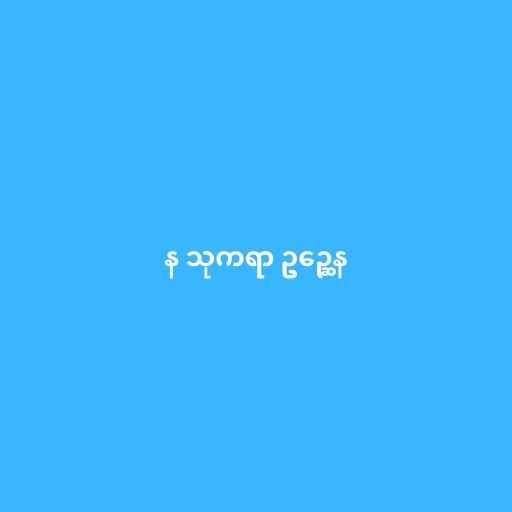
န သုကရာ ဥဉ္ဆေန